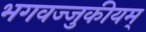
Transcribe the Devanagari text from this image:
भगवज्जुकीयम्‌